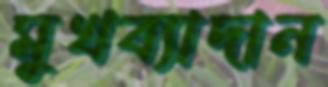
মুখব্যাদান